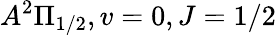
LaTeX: A^{2}\Pi_{1/2},v=0,J=1/2